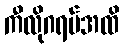
ကီလိုဂရမ်အထိ